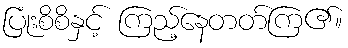
ပြုံးစိစိနှင့် ကြည့်နေတတ်ကြ၏။